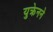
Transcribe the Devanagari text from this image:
युक्रेनने